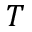
{ \cal T }